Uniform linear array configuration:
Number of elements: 16
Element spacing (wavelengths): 0.5
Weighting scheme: cosine
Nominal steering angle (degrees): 60
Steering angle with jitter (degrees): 58.802
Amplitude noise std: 0.05
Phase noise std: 0.05

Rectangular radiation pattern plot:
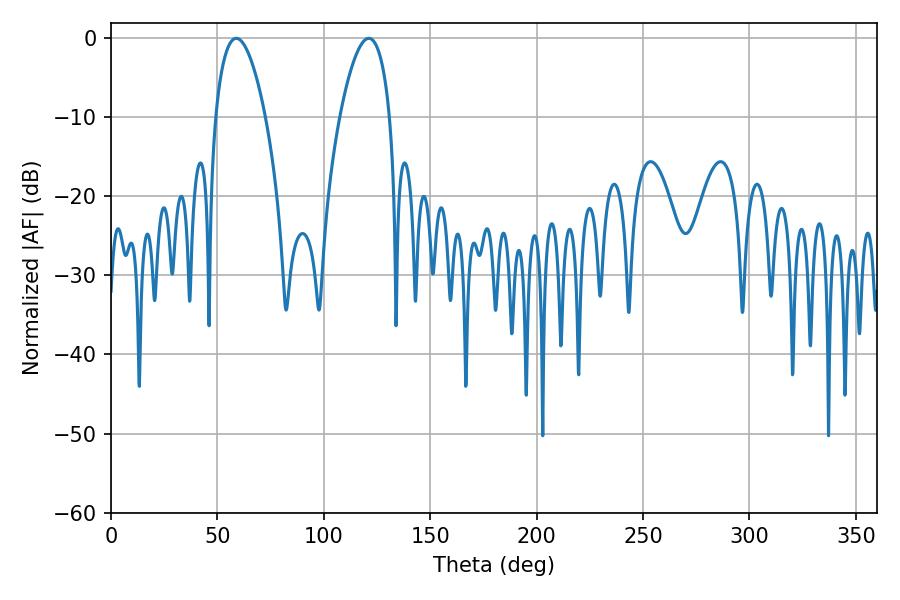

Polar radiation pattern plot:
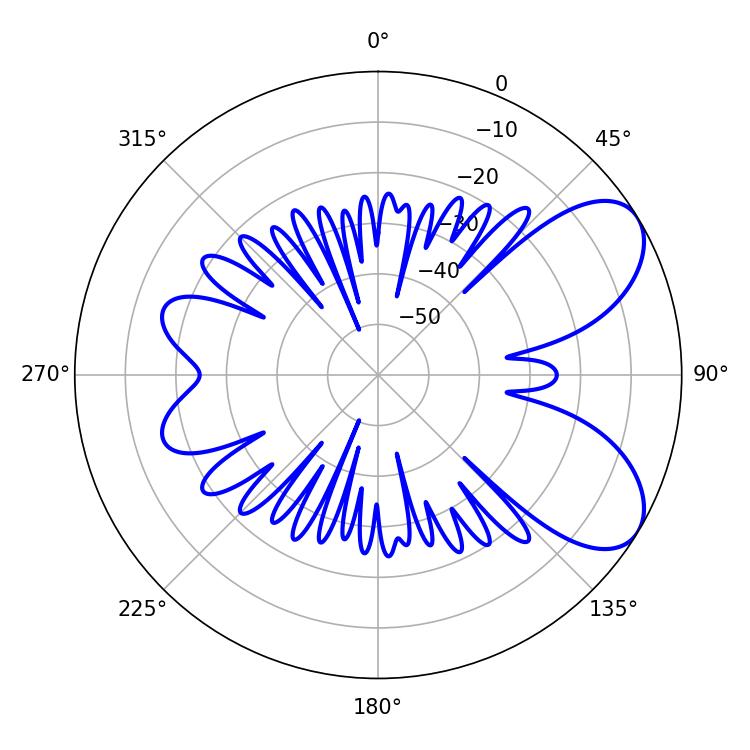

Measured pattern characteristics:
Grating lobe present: FALSE
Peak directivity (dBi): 6.938
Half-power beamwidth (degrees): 13.14
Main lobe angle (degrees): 58.86